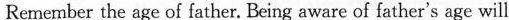
Remember the age of father. Being aware of father's age will